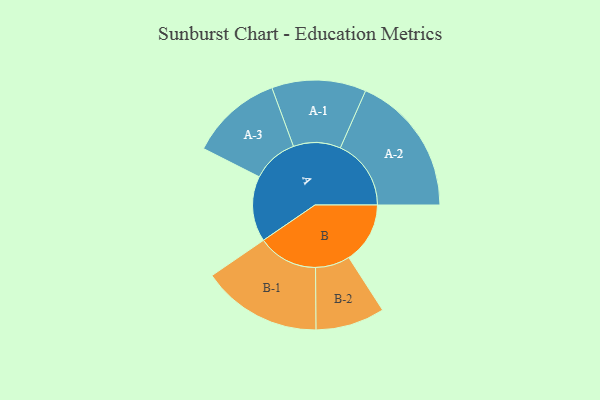
{"axis": {"x": "Segment", "y": "Value"}, "legend": ["", "A", "B"], "data": [{"x": "A", "y": 275, "type": ""}, {"x": "B", "y": 257, "type": ""}, {"x": "A-1", "y": 198, "type": "A"}, {"x": "A-2", "y": 297, "type": "A"}, {"x": "A-3", "y": 193, "type": "A"}, {"x": "B-1", "y": 252, "type": "B"}, {"x": "B-2", "y": 145, "type": "B"}]}